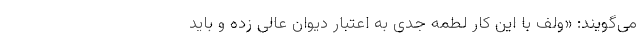
می‌گویند: «ولف با این کار لطمه جدی به اعتبار دیوان عالی زده و باید